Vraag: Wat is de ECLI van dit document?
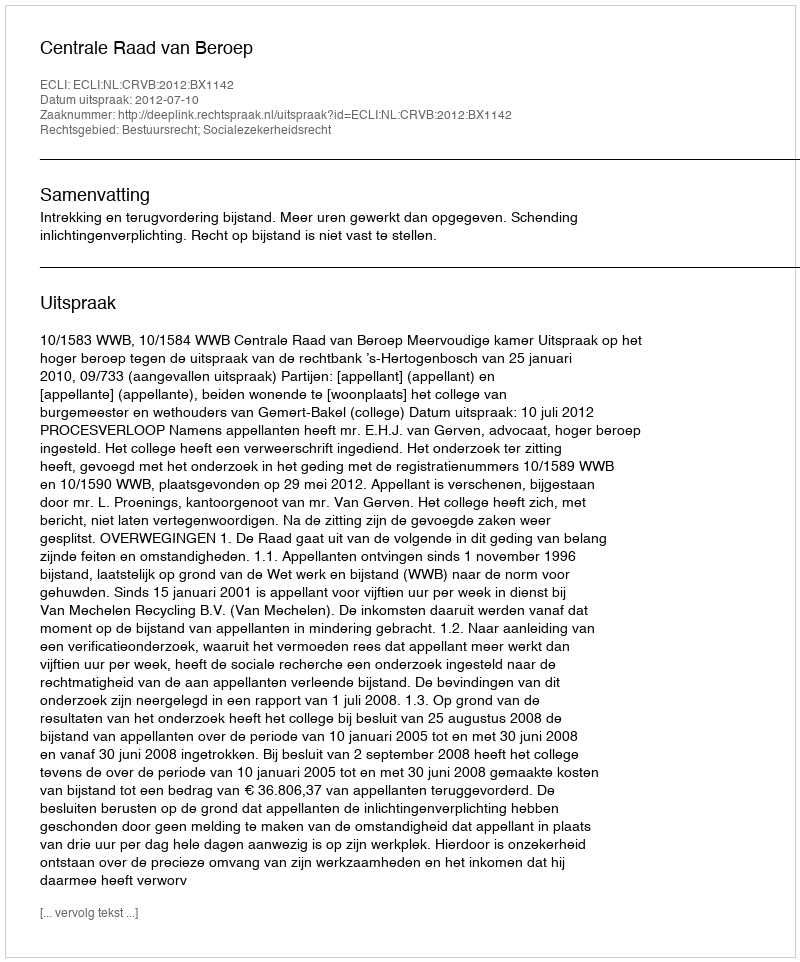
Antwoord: ECLI:NL:CRVB:2012:BX1142